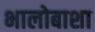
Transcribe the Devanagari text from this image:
भालोबाशा